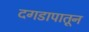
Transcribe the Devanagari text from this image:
दगडापातून